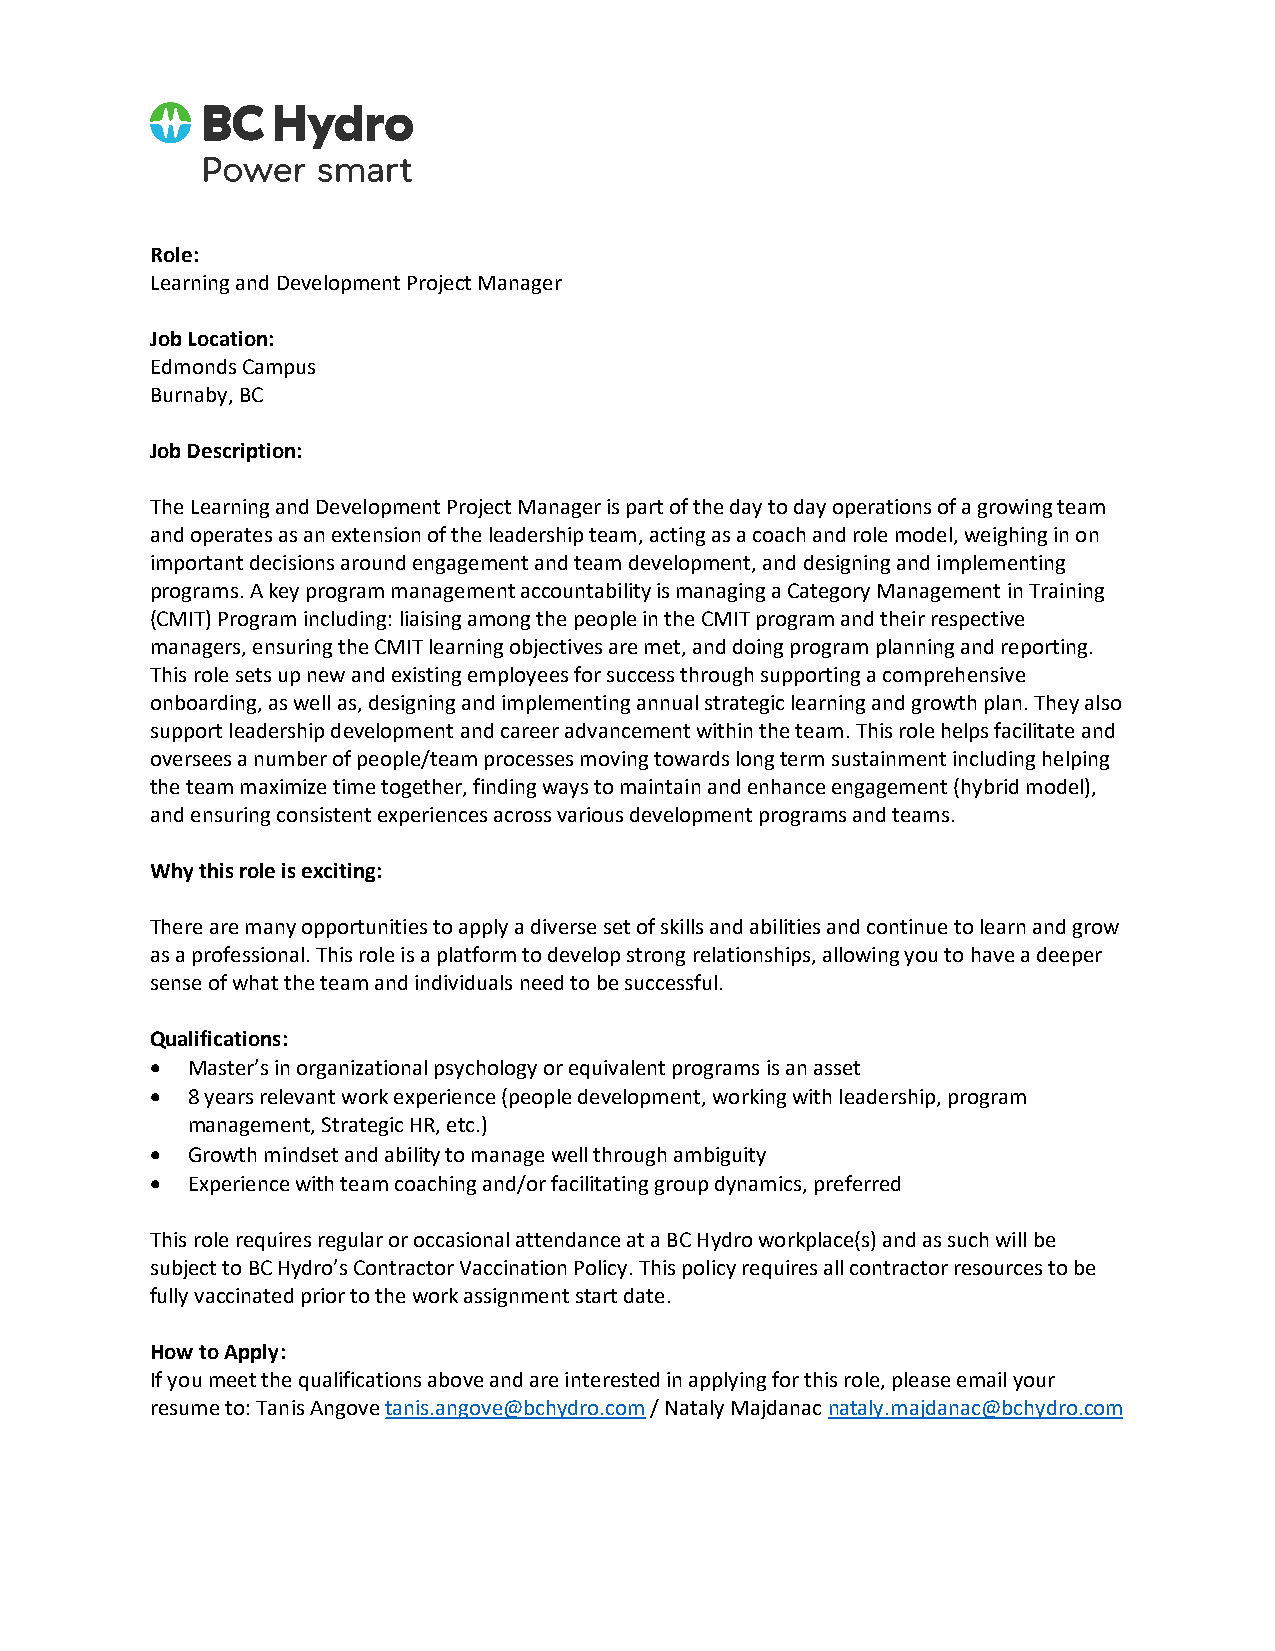
Role:
 Learning and Development Project Manager
 Job Location:
 Edmonds Campus
 Burnaby, BC
 Job Description:
 The Learning and Development Project Manager is part of the day to day operations of a growing team
 and operates as an extension of the leadership team, acting as a coach and role model, weighing in on
 important decisions around engagement and team development, and designing and implementing
 programs. A key program management accountability is managing a Category Management in Training
 (CMIT) Program including: liaising among the people in the CMIT program and their respective
 managers, ensuring the CMIT learning objectives are met, and doing program planning and reporting.
 This role sets up new and existing employees for success through supporting a comprehensive
 onboarding, as well as, designing and implementing annual strategic learning and growth plan. They also
 support leadership development and career advancement within the team. This role helps facilitate and
 oversees a number of people/team processes moving towards long term sustainment including helping
 the team maximize time together, finding ways to maintain and enhance engagement (hybrid model),
 and ensuring consistent experiences across various development programs and teams.
 Why this role is exciting:
 There are many opportunities to apply a diverse set of skills and abilities and continue to learn and grow
 as a professional. This role is a platform to develop strong relationships, allowing you to have a deeper
 sense of what the team and individuals need to be successful.
 Qualifications:
  Master’s in organizational psychology or equivalent programs is an asset
  8 years relevant work experience (people development, working with leadership, program
 management, Strategic HR, etc.)
  Growth mindset and ability to manage well through ambiguity
  Experience with team coaching and/or facilitating group dynamics, preferred
 This role requires regular or occasional attendance at a BC Hydro workplace(s) and as such will be
 subject to BC Hydro’s Contractor Vaccination Policy. This policy requires all contractor resources to be
 fully vaccinated prior to the work assignment start date.
 How to Apply:
 If you meet the qualifications above and are interested in applying for this role, please email your
 resume to: Tanis Angove tanis.angove@bchydro.com / Nataly Majdanac nataly.majdanac@bchydro.com